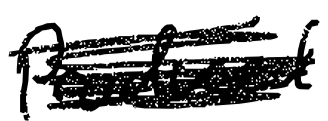
Text: produced
Cross-out: scratch
Writing tool: digital_black